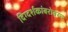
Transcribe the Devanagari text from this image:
दिग्दर्शकांबरोबरच